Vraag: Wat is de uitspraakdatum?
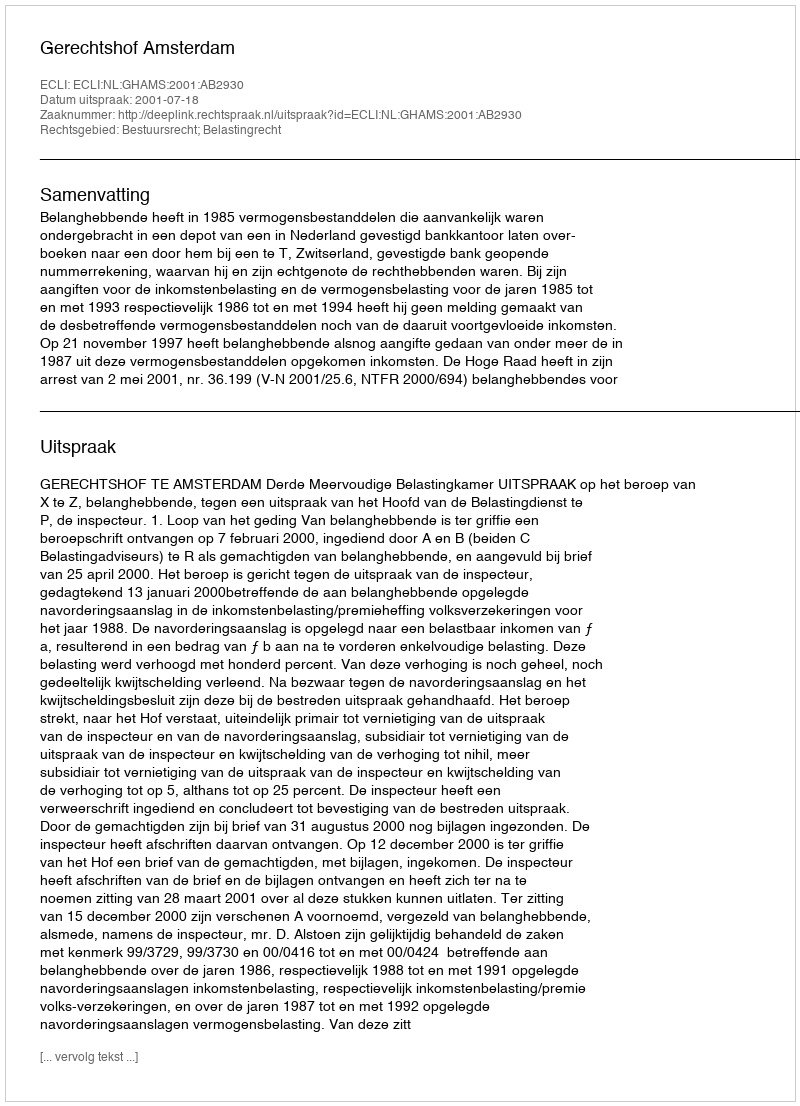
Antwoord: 2001-07-18